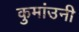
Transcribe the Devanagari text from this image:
कुमांउनी